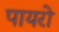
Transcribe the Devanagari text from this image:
पायरो